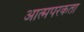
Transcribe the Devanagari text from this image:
आत्मपरकता